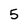
Character: 5